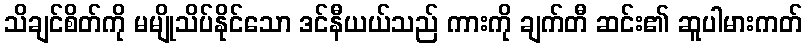
သိချင်စိတ်ကို မမျိုသိပ်နိုင်သော ဒင်နီယယ်သည် ကားကို ချက်တီ ဆင်း၏ ဆူပါမားကတ်